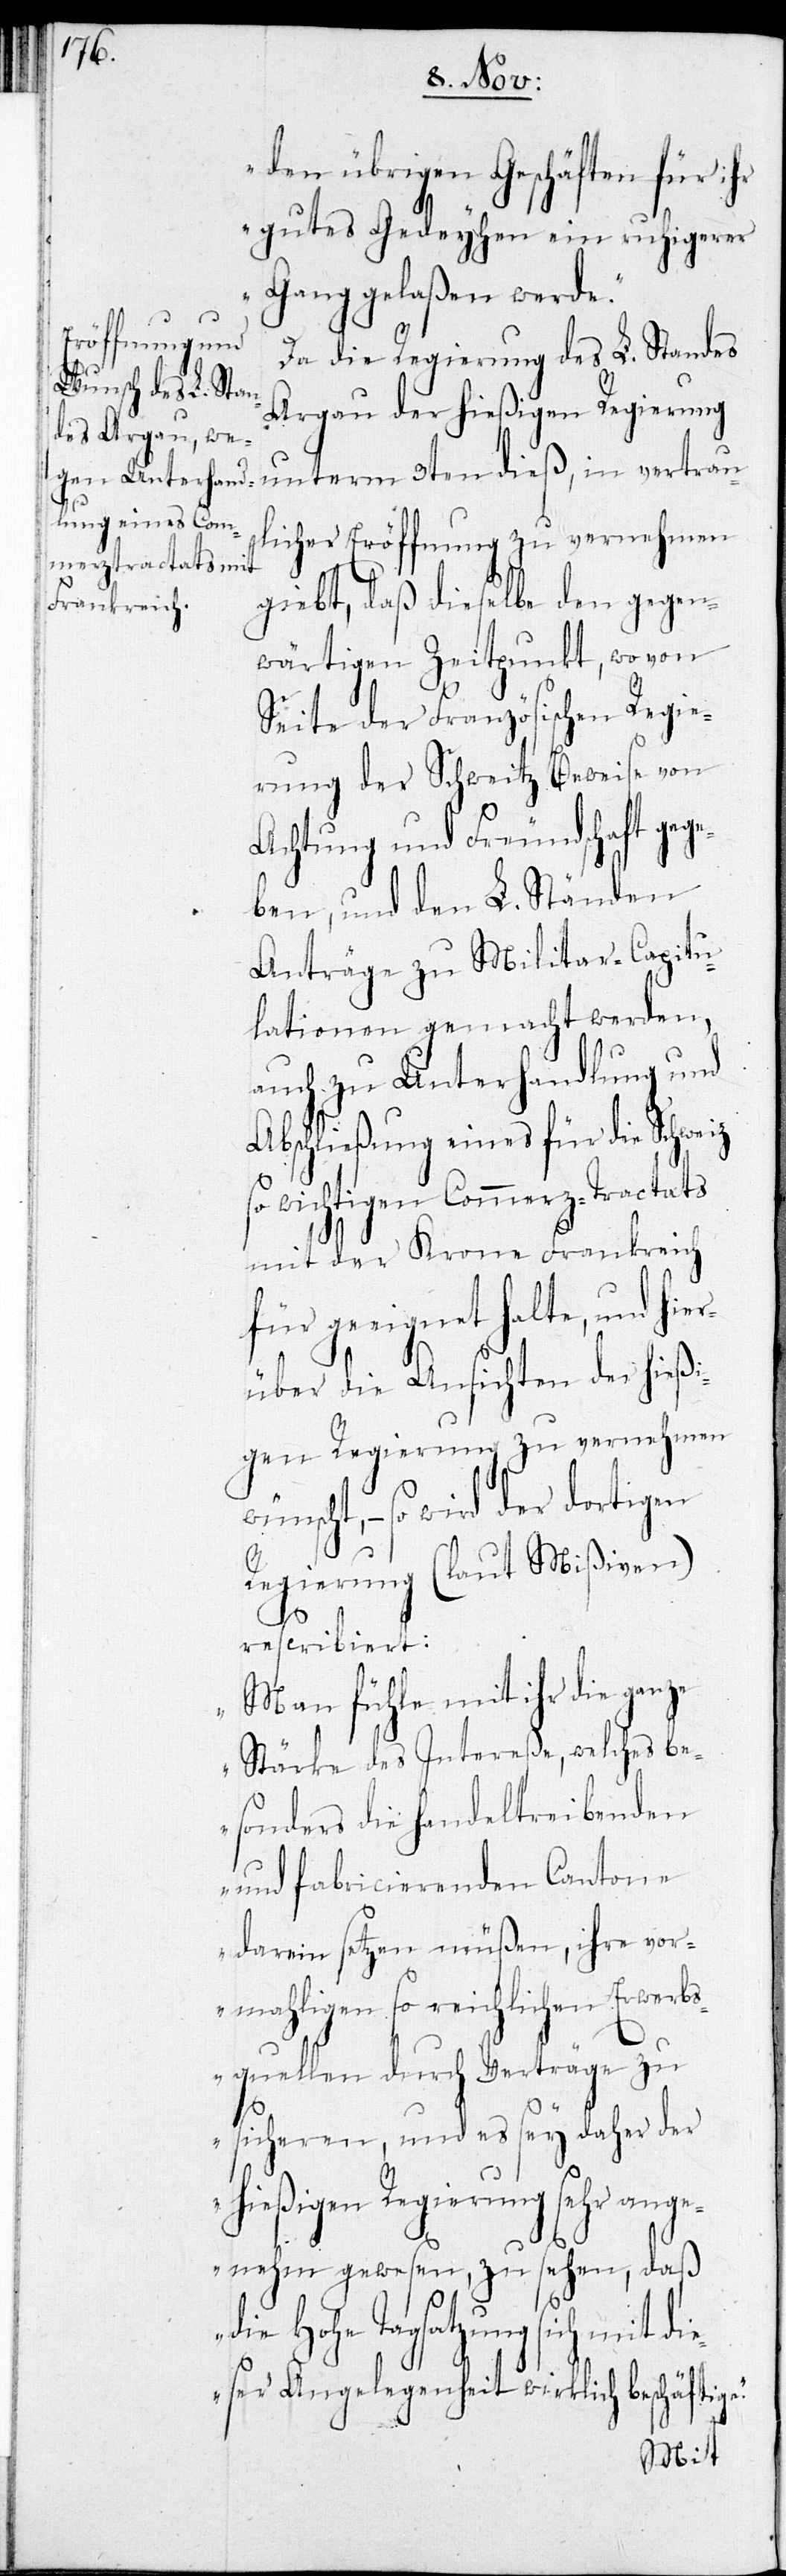
den übrigen Geschäften für
gutes Gedeyhen ein ruhigerer
Gang gelaßen werde.“
Da die Regierung des L. Standes
Aargau der hießigen Regierung
unterm 3ten dieß, in vertrau¬
licher Eröffnung zu vernehmen
giebt, daß dieselbe den gegen¬
wärtigen Zeitpunkt, wo von
Seite der Französischen Regie¬
rung der Schweitz Beweise von
Achtung und Freundschaft gege¬
ben, und den L. Ständen
Anträge zu Militar-Capitu¬
lationen gemacht werden,
auch zu Unterhandlung und
Abschließung eines für die Schweiz
so wichtigen Commerz-Tractats
mit der Krone Frankreich
für geeignet halte, und hier¬
über die Ansichten der hießi¬
gen Regierung zu vernehmen w¬
ünscht, – so wird der dortigen
Regierung (laut Mißiven)
rescribiert:
„Man fühle mit ihr die ganz
e.
Stärke des Intereße, welches be¬
sonders die handeltreibenden
und fabricierenden Cantone
darein setzen müßen, ihre vor¬
mahligen so reichlichen Erwerbs¬
quellen durch Verträge zu
sicheren, und es sey daher der
hießigen Regierung sehr ang¬
enehm gewesen, zu sehen, daß
die Hohe Tagsatzung sich mit
eser Angelegenheit wirklich beschäftig¬